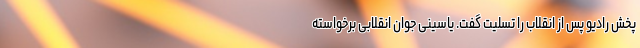
پخش رادیو پس از انقلاب را تسلیت گفت. یاسینی جوان انقلابی برخواسته